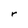
Character: r